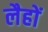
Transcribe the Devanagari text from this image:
लैहों